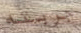
جربته